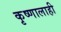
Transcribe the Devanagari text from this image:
कृष्णालाही